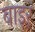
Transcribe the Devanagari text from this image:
बाइर्ं